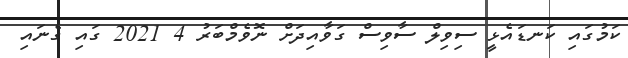
ކަމުގައި ކަނޑައެޅީ ސިވިލް ސާވިސް ގަވާއިދަށް ނޮވެމްބަރު 4 2021 ގައި ގެނައި